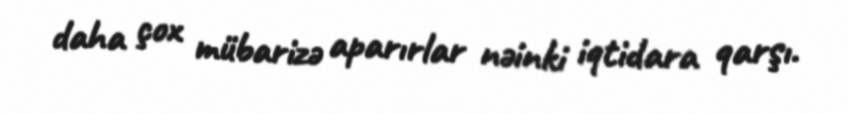
daha çox mübarizə aparırlar nəinki iqtidara qarşı.